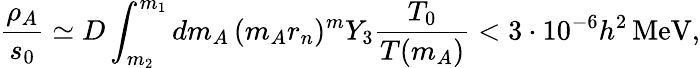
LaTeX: \frac{\rho_{A}}{s_{0}}\simeq D\int_{m_{2}}^{m_{1}}dm_{A}\, (m_{A}r_{n})^{m}Y_{3}\frac{T_{0}}{T(m_{A})}<3\cdot 10^{-6}h^{2}\, \mathrm{MeV},